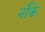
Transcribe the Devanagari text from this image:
न॑कि